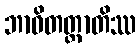
ဘာဝိတတ္တာတိဿ